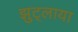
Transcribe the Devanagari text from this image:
झुट्लाया